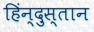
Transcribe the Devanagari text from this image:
हिंन्दुस्तान